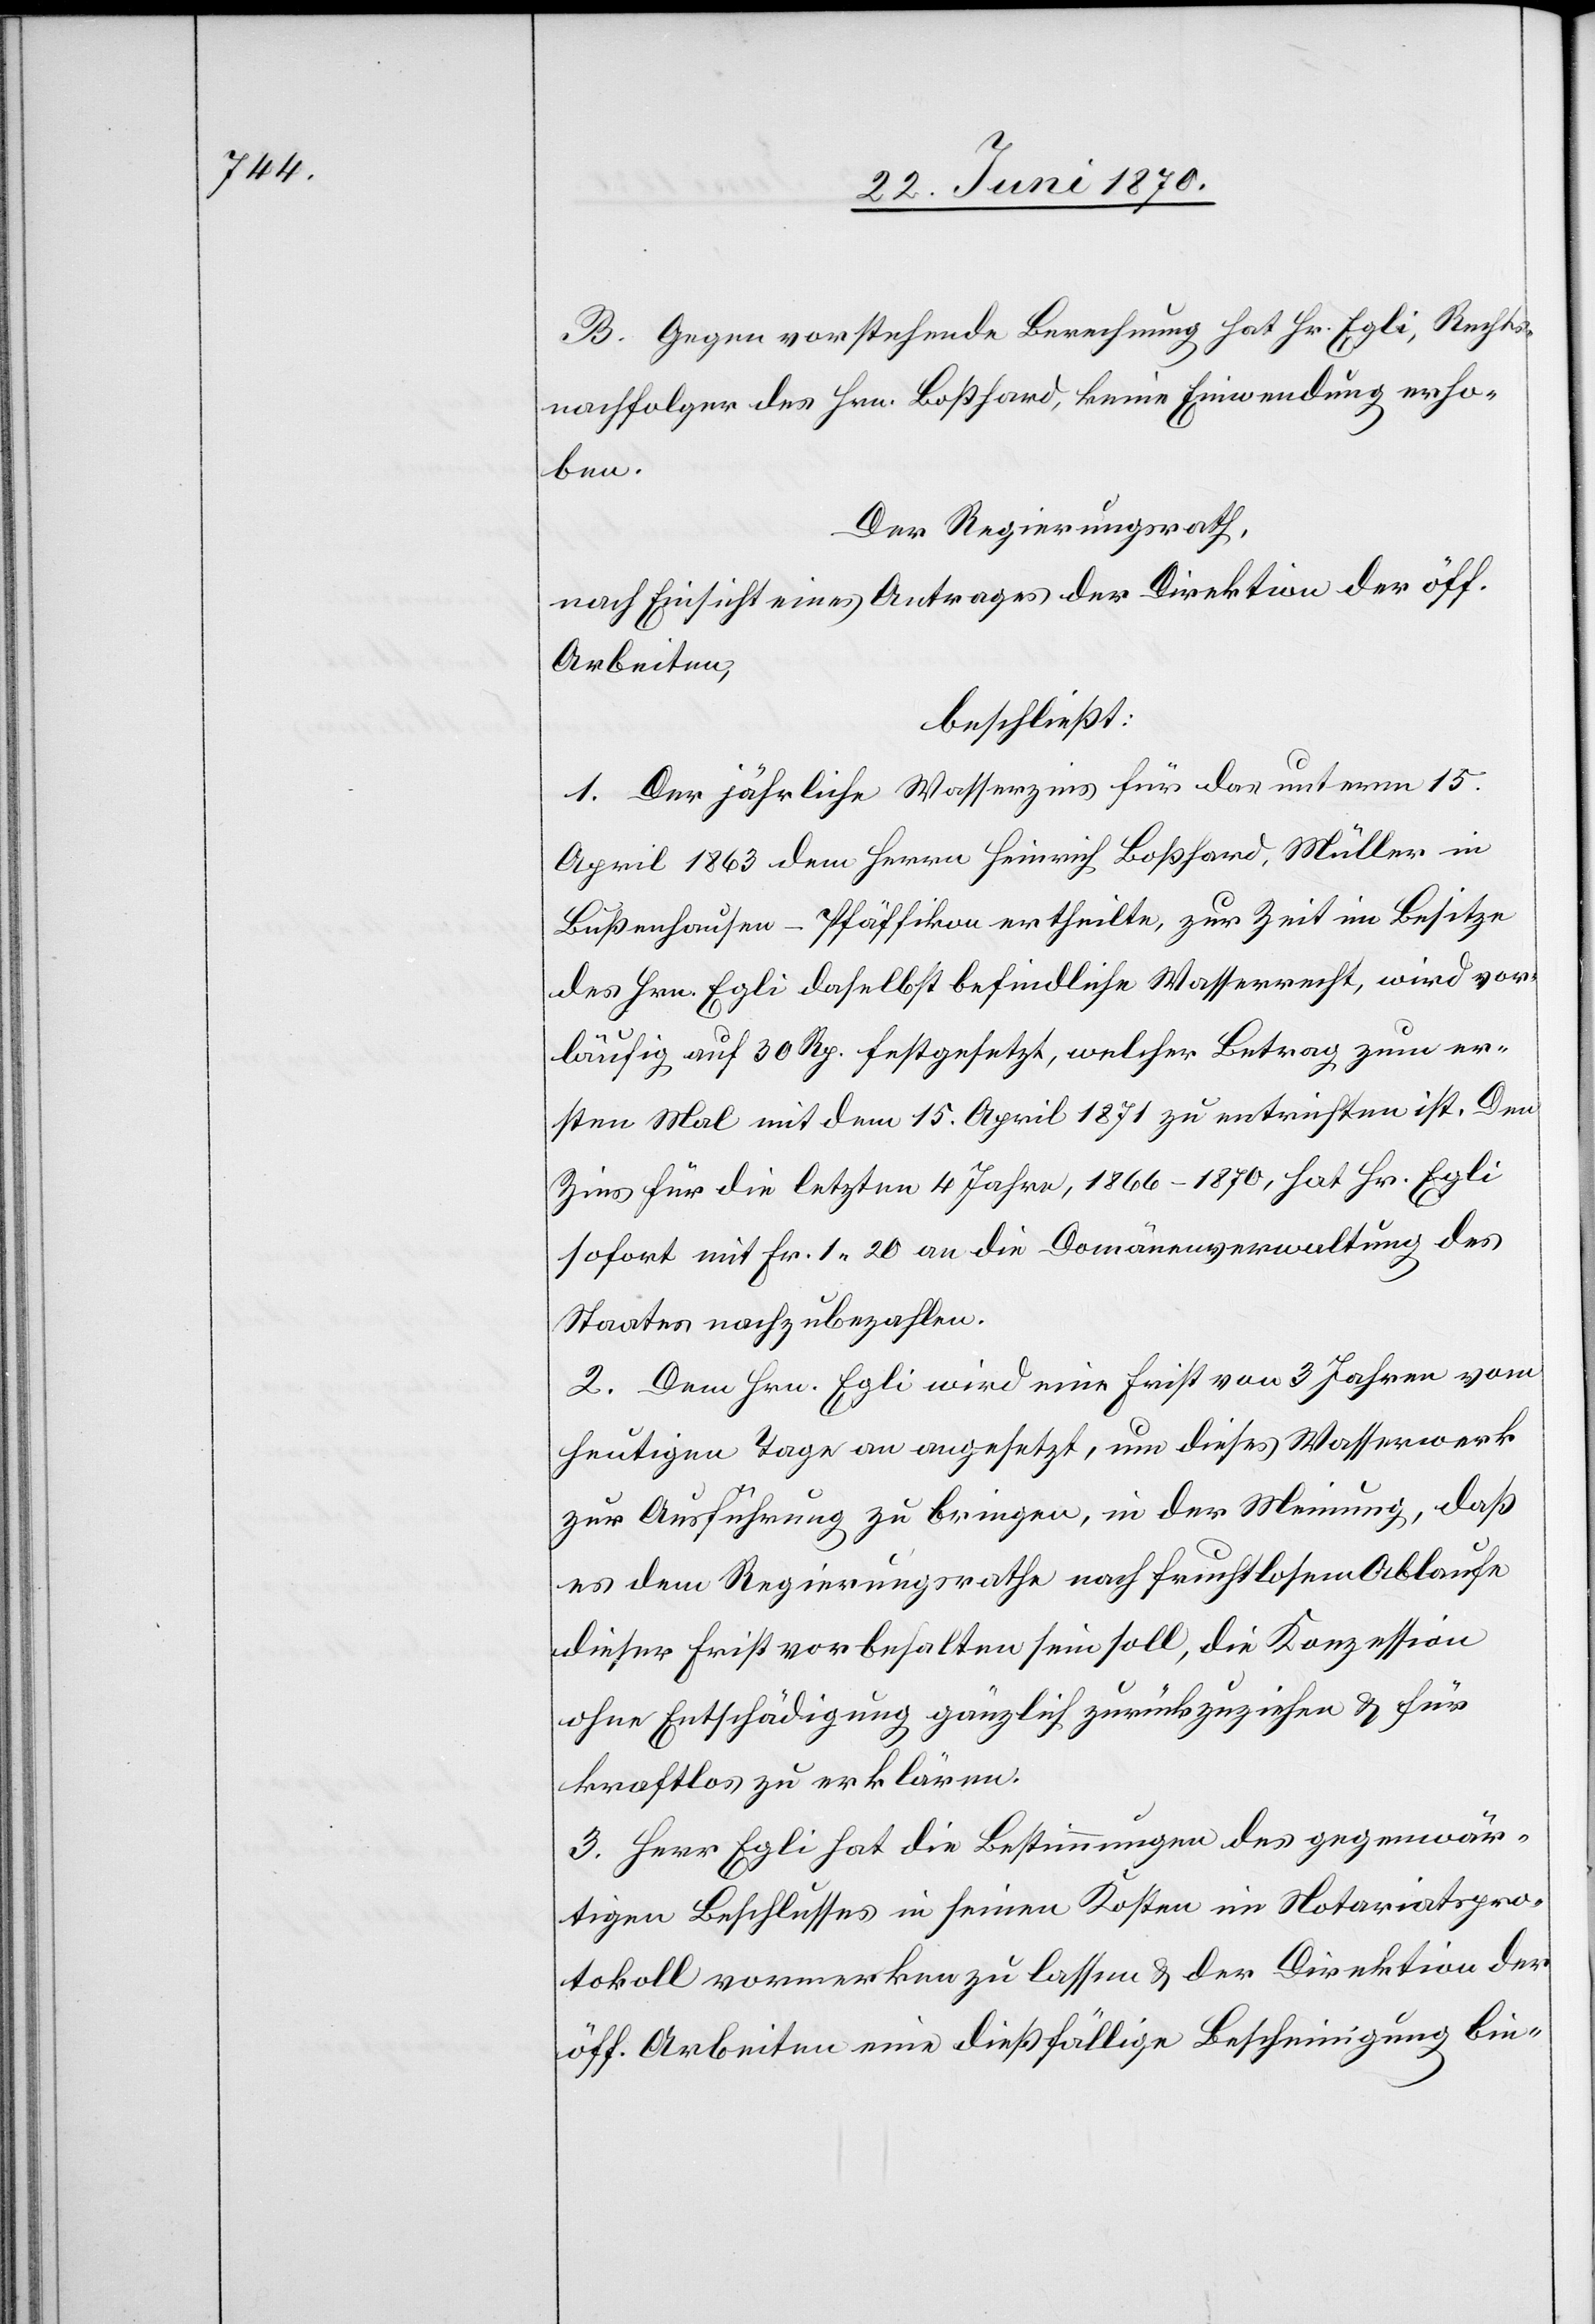
B. Gegen vorstehende Berechnung hat Hr. Egli, Rechts¬
nachfolger des Hrn. Boßhard, keine Einwendung erho¬
ben.
Der Regierungsrath,
nach Einsicht eines Antrages der Direktion der öff.
Arbeiten,
beschließt:
1. Der jährliche Wasserzins für das unterm 15.
April 1863 dem Herrn Heinrich Boßhard, Müller in
Bußenhausen - Pfäffikon ertheilte, zur Zeit im Besitze
des Hrn. Egli daselbst befindliche Wasserrecht, wird vor¬
läufig auf 30 Rp. festgesetzt, welcher Betrag zum er¬
sten Mal mit dem 15. April 1871 zu entrichten ist. Den
Zins für die letzten 4 Jahre, 1866–1870, hat Hr. Egli
sofort mit Fr. 1.20 an die Domänenverwaltung des
Staates nachzubezahlen.
2. Dem Hrn. Egli wird eine Frist von 3 Jahren vom
heutigen Tage an angesetzt, um dieses Wasserwerk
zur Ausführung zu bringen, in der Meinung, daß
es dem Regierungsrathe nach fruchtlosem Ablaufe
dieser Frist vorbehalten sein soll, die Konzession
ohne Entschädigung gänzlich zurückzuziehen & für
kraftlos zu erklären.
3. Herr Egli hat die Bestimmungen des gegenwär¬
tigen Beschlusses in seinen Kosten im Notariatspro¬
tokoll vormerken zu lassen & der Direktion der
öff. Arbeiten eine dießfällige Bescheinigung bin-